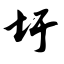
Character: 圩